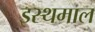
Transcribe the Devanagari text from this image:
इस्थमाल